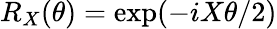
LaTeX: R_{X}(\theta)=\exp(-iX\theta/2)